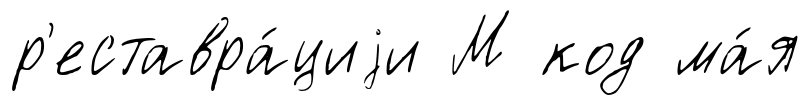
р'еставра́циjи М код ма́я